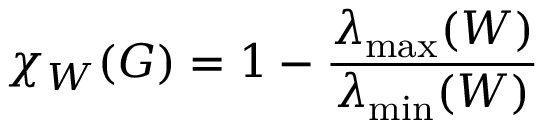
\chi _ { W } ( G ) = 1 - { \frac { \lambda _ { \operatorname* { m a x } } ( W ) } { \lambda _ { \operatorname* { m i n } } ( W ) } }